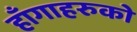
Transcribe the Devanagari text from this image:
हाँगाहरुको